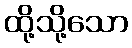
ထို့သို့သော